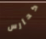
كحارس